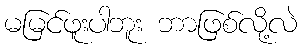
မမြင်ဖူးပါဘူး ဘာဖြစ်လို့လဲ